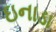
ઇનાડા